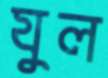
যুল